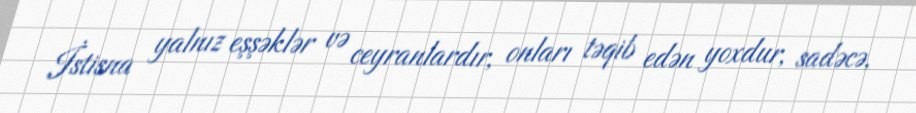
İstisna yalnız eşşəklər və ceyranlardır, onları təqib edən yoxdur, sadəcə,